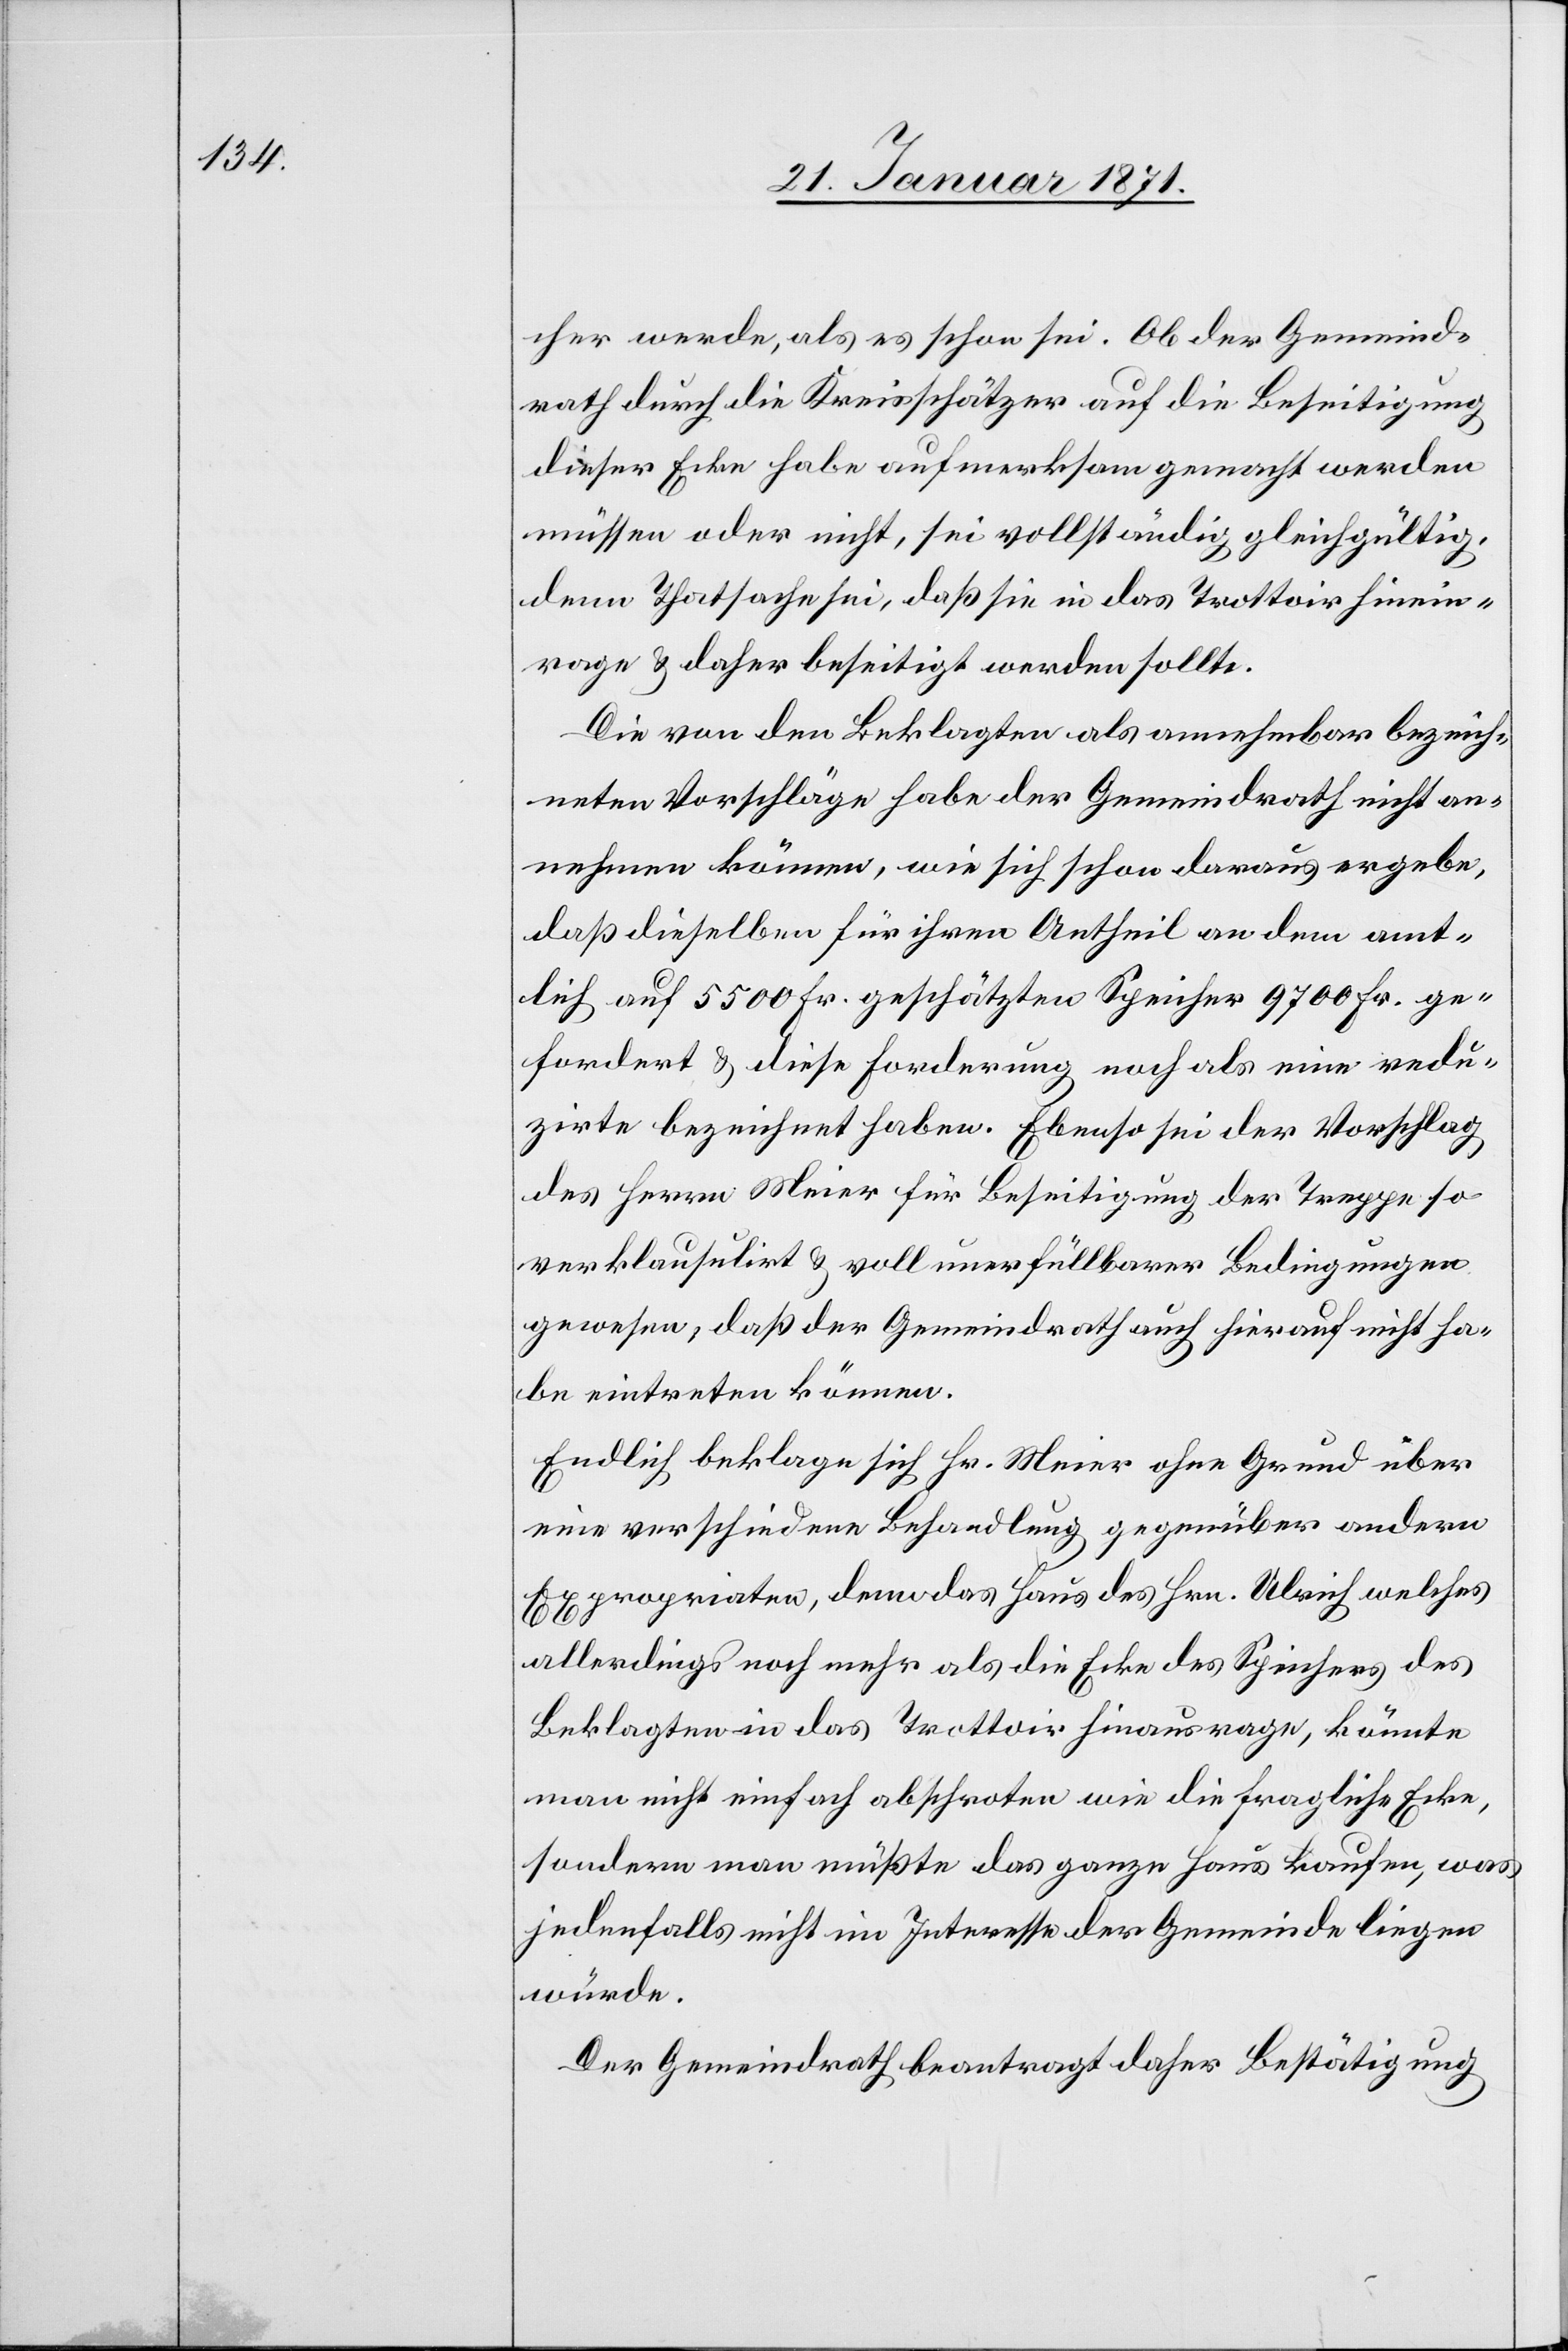
cher werde, als es schon sei. Ob der Gemeind¬
rath durch die Kreisschätzer auf die Beseitigung
dieser Ecke habe aufmerksam gemacht werden
müssen oder nicht, sei vollständig gleichgültig,
denn Thatsache sei, daß sie in das Trottoir hinein¬
rage u. daher beseitigt werden sollte.
Die von den Beklagten als annehmbar bezeich¬
neten Vorschläge habe der Gemeindrath nicht a¬
nrechnen können, wie sich schon daraus ergebe,
daß dieselben für ihren Antheil an dem amt¬
lich auf 5500 Fr. geschätzten Speicher 9700 Fr. ge¬
fordert u. diese Forderung noch als eine redu¬
zirte bezeichnet haben. Ebenso sei der Vorschlag
des Herrn Meier für Beseitigung der Treppe so
verklausulirt u. voll unerfüllbarer Bedingungen
gewesen, daß der Gemeindrath auch hierauf nicht ha¬
be eintreten können.
Endlich beklage sich Hr. Meier ohne Grund über
eine verschiedene Behandlung gegenüber andern
Expropriaten, denn das Haus des Hrn. Ulrich welches
allerdings noch mehr als die Ecke des Speichers des
Beklagten in das Trottoir hinaus rage, könnte
man nicht einfach abschroten wie die fragliche Ecke,
sondern man müßte das ganze Haus kaufen, was
jedenfalls nicht im Interesse der Gemeinde liegen
würde.
Der Gemeindrath beantragt daher Bestätigung